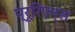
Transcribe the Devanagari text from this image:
प्रूरिएन्स